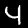
Label: 4